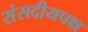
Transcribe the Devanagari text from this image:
संसदीयपक्ष